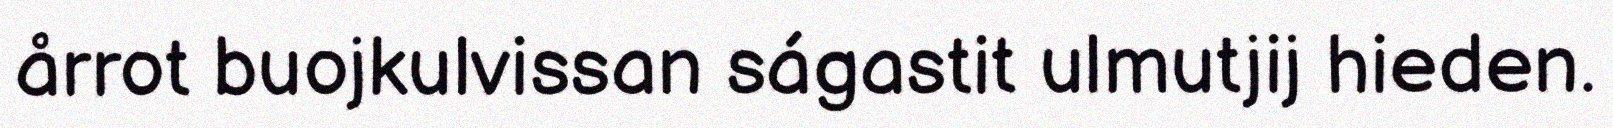
årrot buojkulvissan ságastit ulmutjij hieden.